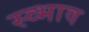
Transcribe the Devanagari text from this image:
स्व्भाव